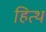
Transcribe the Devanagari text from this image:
हित्थ